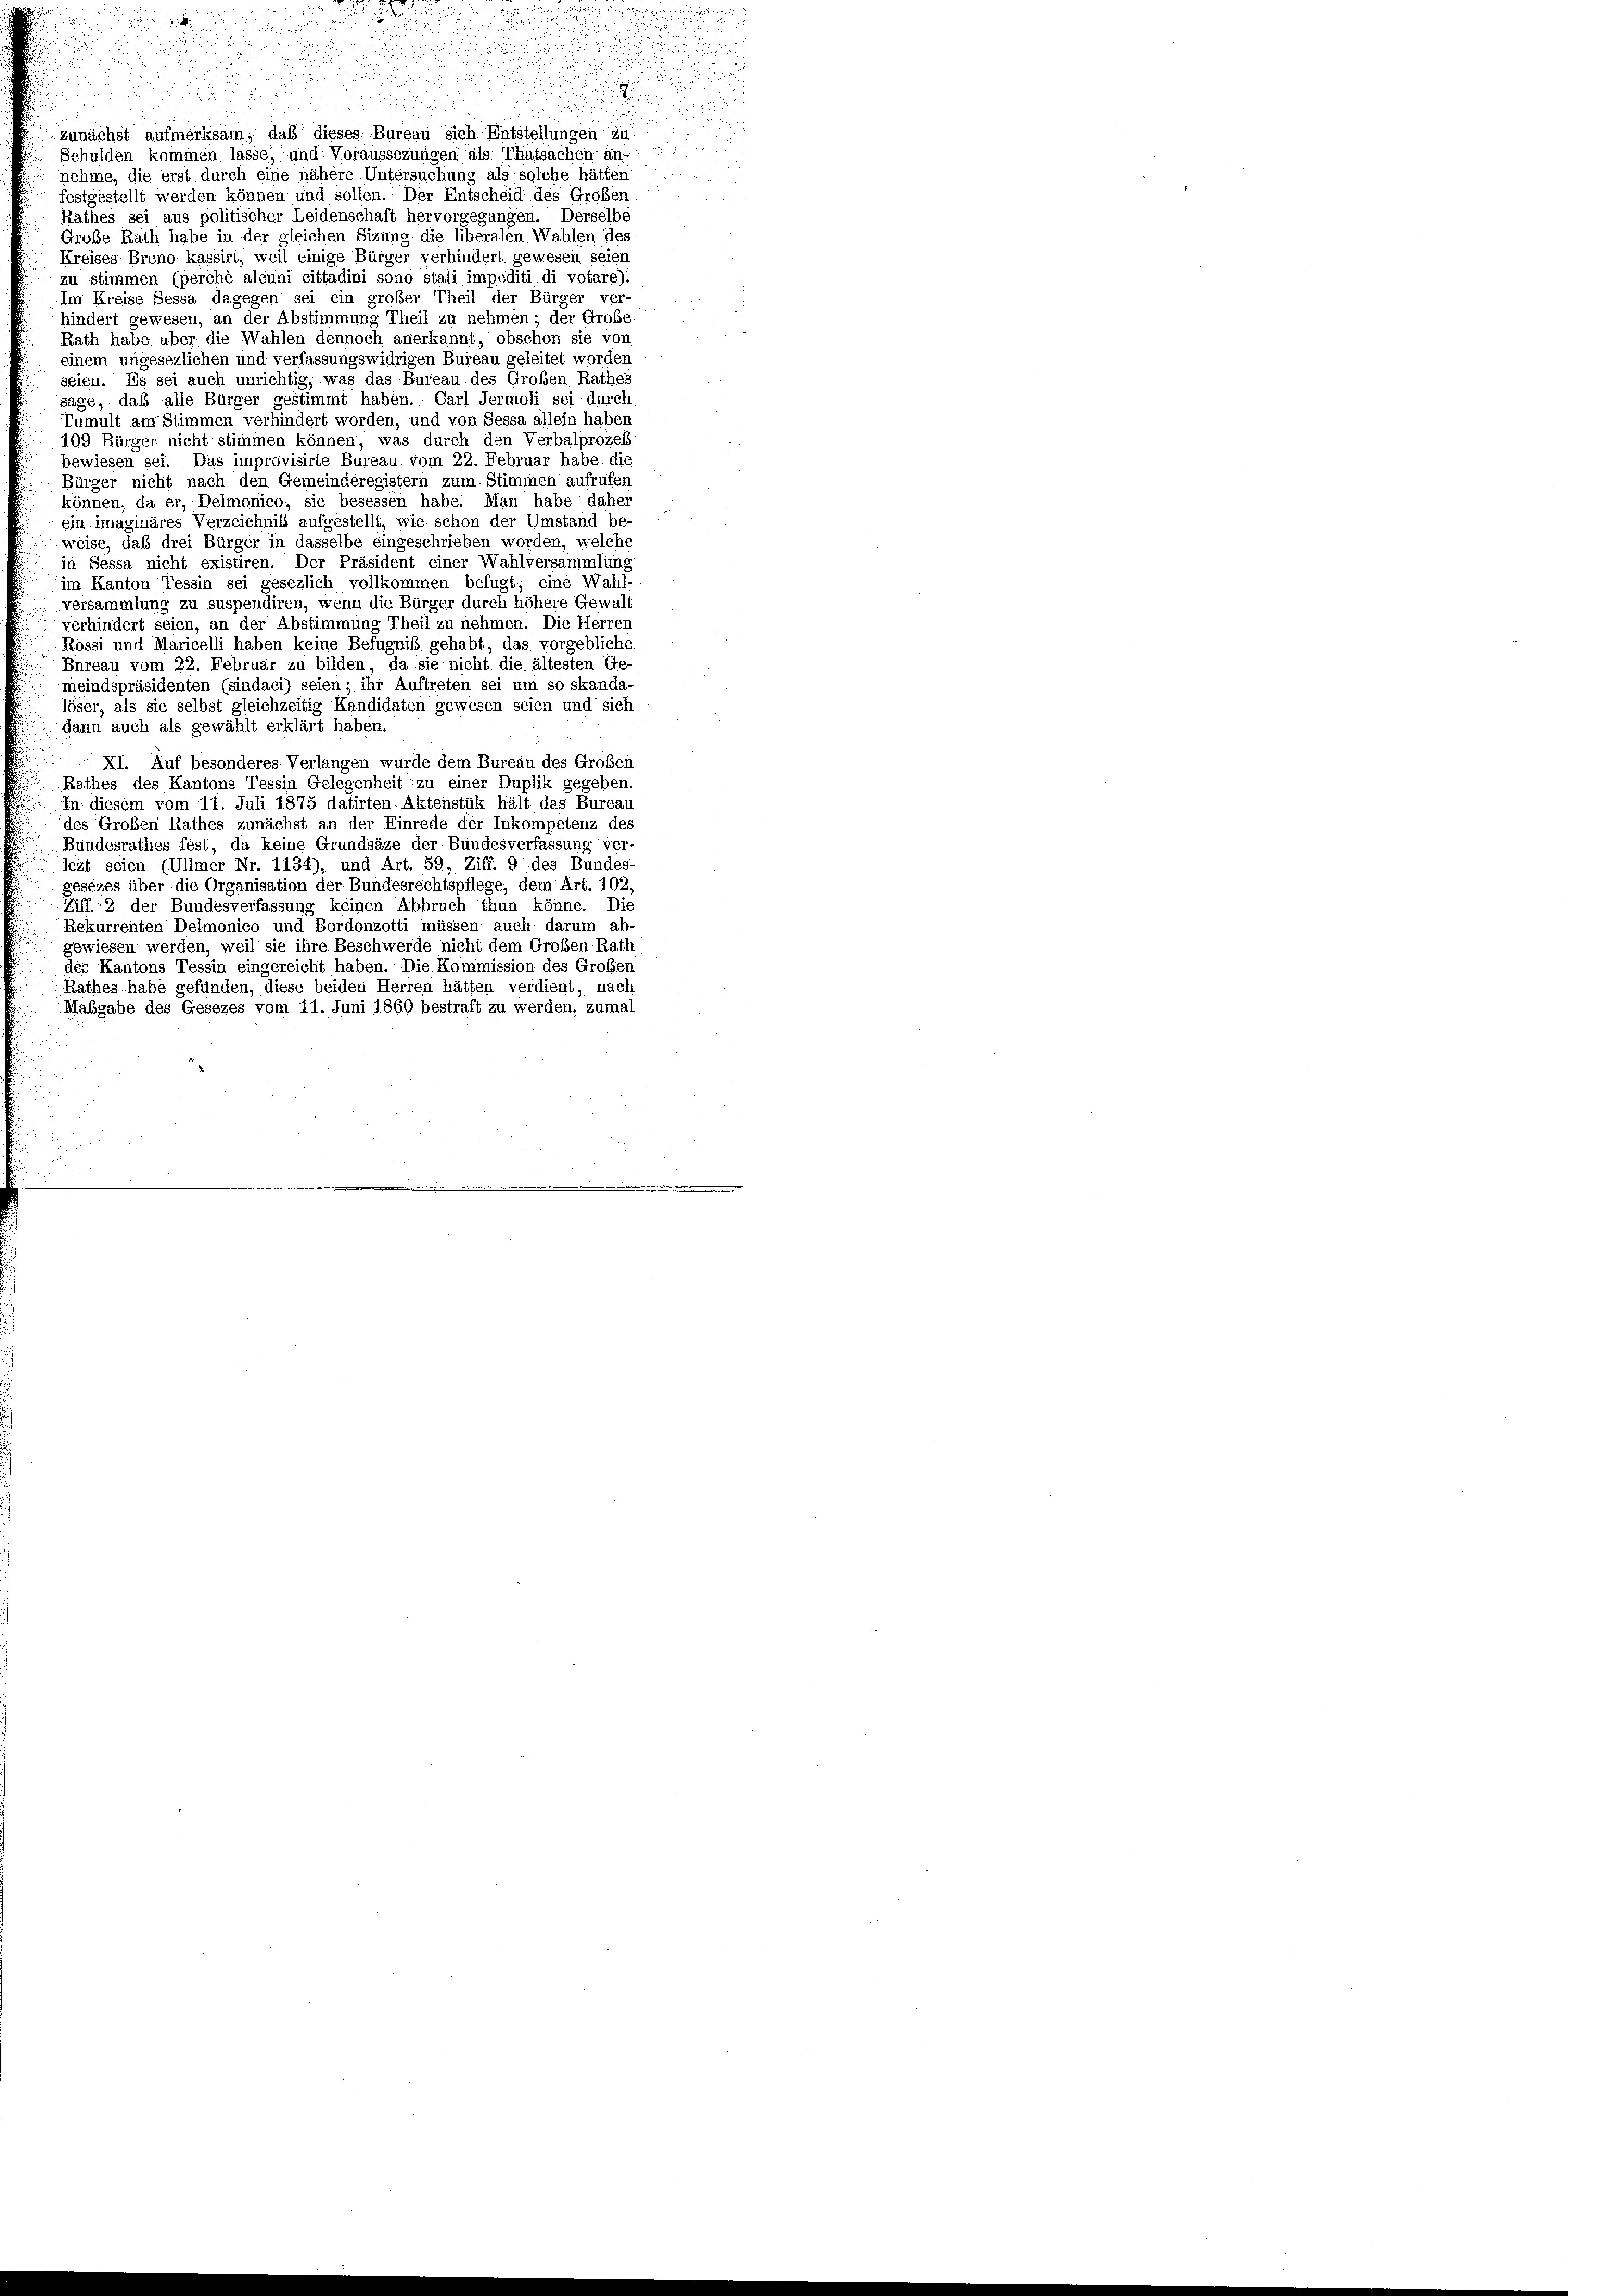
d

zunächst aufmerksam, daß dieses Bureau sich Entstellungen zu
Schulden kommen lasse, und Voraussezungen als Thatsachen an-
nehme, die erst durch eine nähere Untersuchung als solche hätten
festgestellt werden können und sollen. Der Entscheid des Großen
Rathes sei aus politischer Leidenschaft hervorgegangen.  Derselbe
Große Rath habe in der gleichen Sizung die liberalen Wahlen des
Kreises Breno kassirt, weil einige Bürger verhindert gewesen seien
zu stimmen (perchè alcuni cittadini sono stati impediti di votare).
Im Kreise Sessa dagegen sei ein großer Theil der Bürger ver-
hindert gewesen, an der Abstimmung Theil zu nehmen; der Große
Rath habe aber die Wahlen dennoch anerkannt, obschon sie von
einem ungesezlichen und verfassungswidrigen Bureau geleitet worden
seien. Es sei auch unrichtig, was das Bureau des Großen Rathes
sage, daß alle Bürger gestimmt haben. Carl Jermoli sei durch
Tumult am Stimmen verhindert worden, und von Sessa allein haben
109 Bürger nicht stimmen können, was durch den Verbalprozess
bewiesen sei. Das improvisirte Bureau vom 22. Februar habe die
Bürger nicht nach den Gemeinderegistern zum Stimmen aufrufen
können, da er, Delmonico, sie besessen habe. Man habe ; daher
ein imaginäres Verzeichniß aufgestellt, wie schon der Unistand be-
weise, daß drei Bürger in dasselbe eingeschrieben worden, welche
in Sessa nicht existiren. Der Präsident einer Wahlversammlung
im Kanton Tessin sei gesezlich vollkommen befugt, eine Wahl-
versammlung zu suspendiren, wenn die Bürger durch höhere Gewalt
verhindert seien, an der Abstimmung Theil zu nehmen. Die Herren
Rössi und Maricelli haben keine Befugniß gehabt, das vorgebliche
Bureau vom 22. Februar zu bilden, da sie nicht die ältesten Ge
meindspräsidenten (sindaci) seien; ihr Auftreten sei um so skanda-
löser, als sie selbst gleichzeitig Kandidaten gewesen seien und sich
dann auch als gewählt erklärt haben.
XI. Auf besonderes Verlangen wurde dem Bureau des Großen
Rathes des Kantons Tessin Gelegenheit zu einer Duplik gegeben.
In diesem vom 11. Juli 1875 datirten Aktenstük hält das Bureau
des Großen Rathes zunächst an der Einrede der Inkompetenz des
Bundesrathes fest, da keine Grundsäze der Bundesverfassung ver-
lezt seien (Ullmer Nr. 1134), und Art. 59, Ziff. 9 des Bundes-
gesezes über die Organisation der Bundesrechtspflege, dem Art. 102;
Ziff. 2 der Bundesverfassung keinen Abbruch thun könne. Die
Rekurrenten Delmonico und Bordonzotti müssen auch darum ab-
gewiesen werden, weil sie ihre Beschwerde nicht dem Großen Rath
der Kantons Tessin eingereicht haben. Die Kommission des Großen
Rathes habe gefünden, diese beiden Herren hätten verdient, nach
Maßgabe des Gesezes vom 11. Juni 1860 bestraft zu werden, zumal